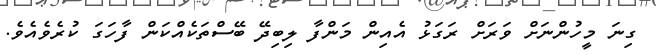
ގިނަ މީހުންނަށް ވަރަށް ރަގަޅު އެއިން މަންފާ ލިބިދޭ ބޭސްތަކެއްކަން ފާހަގަ ކުރެވެއެވެ.